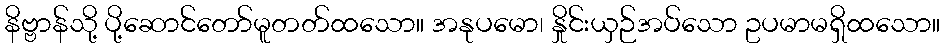
နိဗ္ဗာန်သို့ ပို့ဆောင်တော်မူတတ်ထသော။ အနုပမော၊ နှိုင်းယှဉ်အပ်သော ဥပမာမရှိထသော။